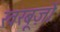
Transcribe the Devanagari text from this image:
खरबूज़ों